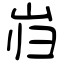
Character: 岿